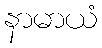
နာမာယံ